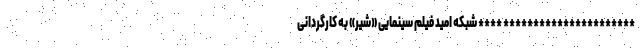
********************** **** شبکه امید فیلم سینمایی «شیر» به کارگردانی